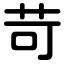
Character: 苛